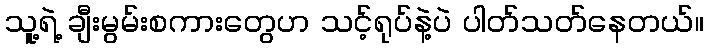
သူ့ရဲ့ ချီးမွမ်းစကားတွေဟ သင့်ရုပ်နဲ့ပဲ ပါတ်သတ်နေတယ်။